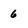
Character: 6